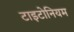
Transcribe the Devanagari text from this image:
टाइटोनियम